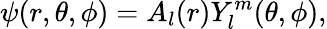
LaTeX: \psi(r,\theta,\phi)=A_{l}(r)Y_{l}^{m}(\theta,\phi),